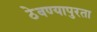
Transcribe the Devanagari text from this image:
ठेवण्यापुरता